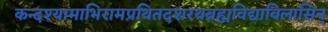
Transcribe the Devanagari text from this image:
कन्दश्यामाभिरामप्रथितदशरथब्रह्मविद्याविलासिन्